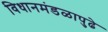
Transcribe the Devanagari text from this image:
विधानमंडळापुढे